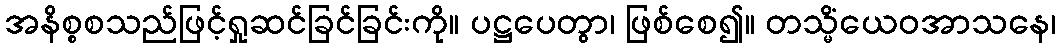
အနိစ္စစသည်ဖြင့်ရှုဆင်ခြင်ခြင်းကို။ ပဋ္ဌပေတွာ၊ ဖြစ်စေ၍။ တသ္မိံယေဝအာသနေ၊